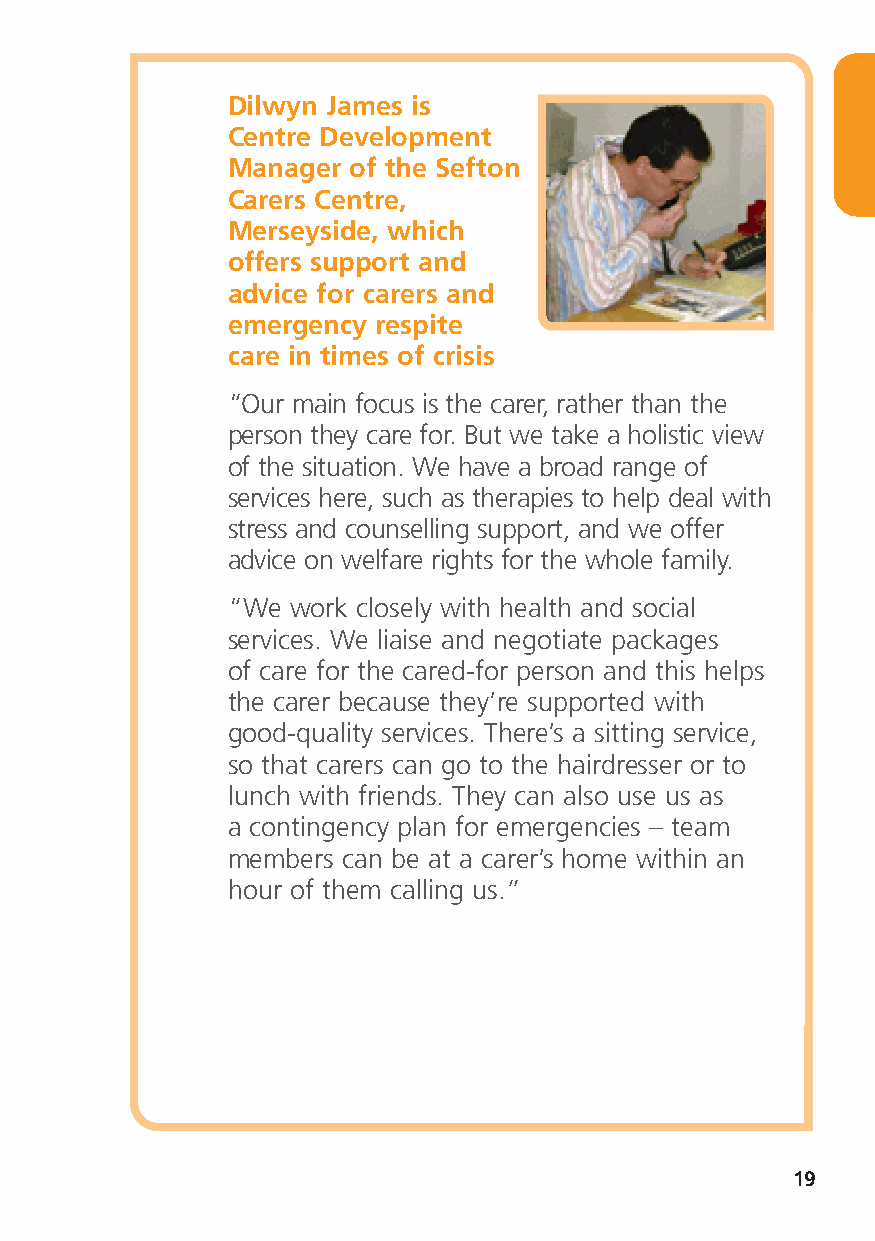
Dilwyn James is
 Centre Development
 Manager of the Sefton
 Carers Centre,
 Merseyside, which
 offers support and
 advice for carers and
 emergency respite
 care in times of crisis
 “Our main focus is the carer, rather than the
 person they care for. But we take a holistic view
 of the situation. We have a broad range of
 services here, such as therapies to help deal with
 stress and counselling support, and we offer
 advice on welfare rights for the whole family.
 “We work closely with health and social
 services. We liaise and negotiate packages
 of care for the cared-for person and this helps
 the carer because they’re supported with
 good-quality services. There’s a sitting service,
 so that carers can go to the hairdresser or to
 lunch with friends. They can also use us as
 a contingency plan for emergencies – team
 members can be at a carer’s home within an
 hour of them calling us.”
 19